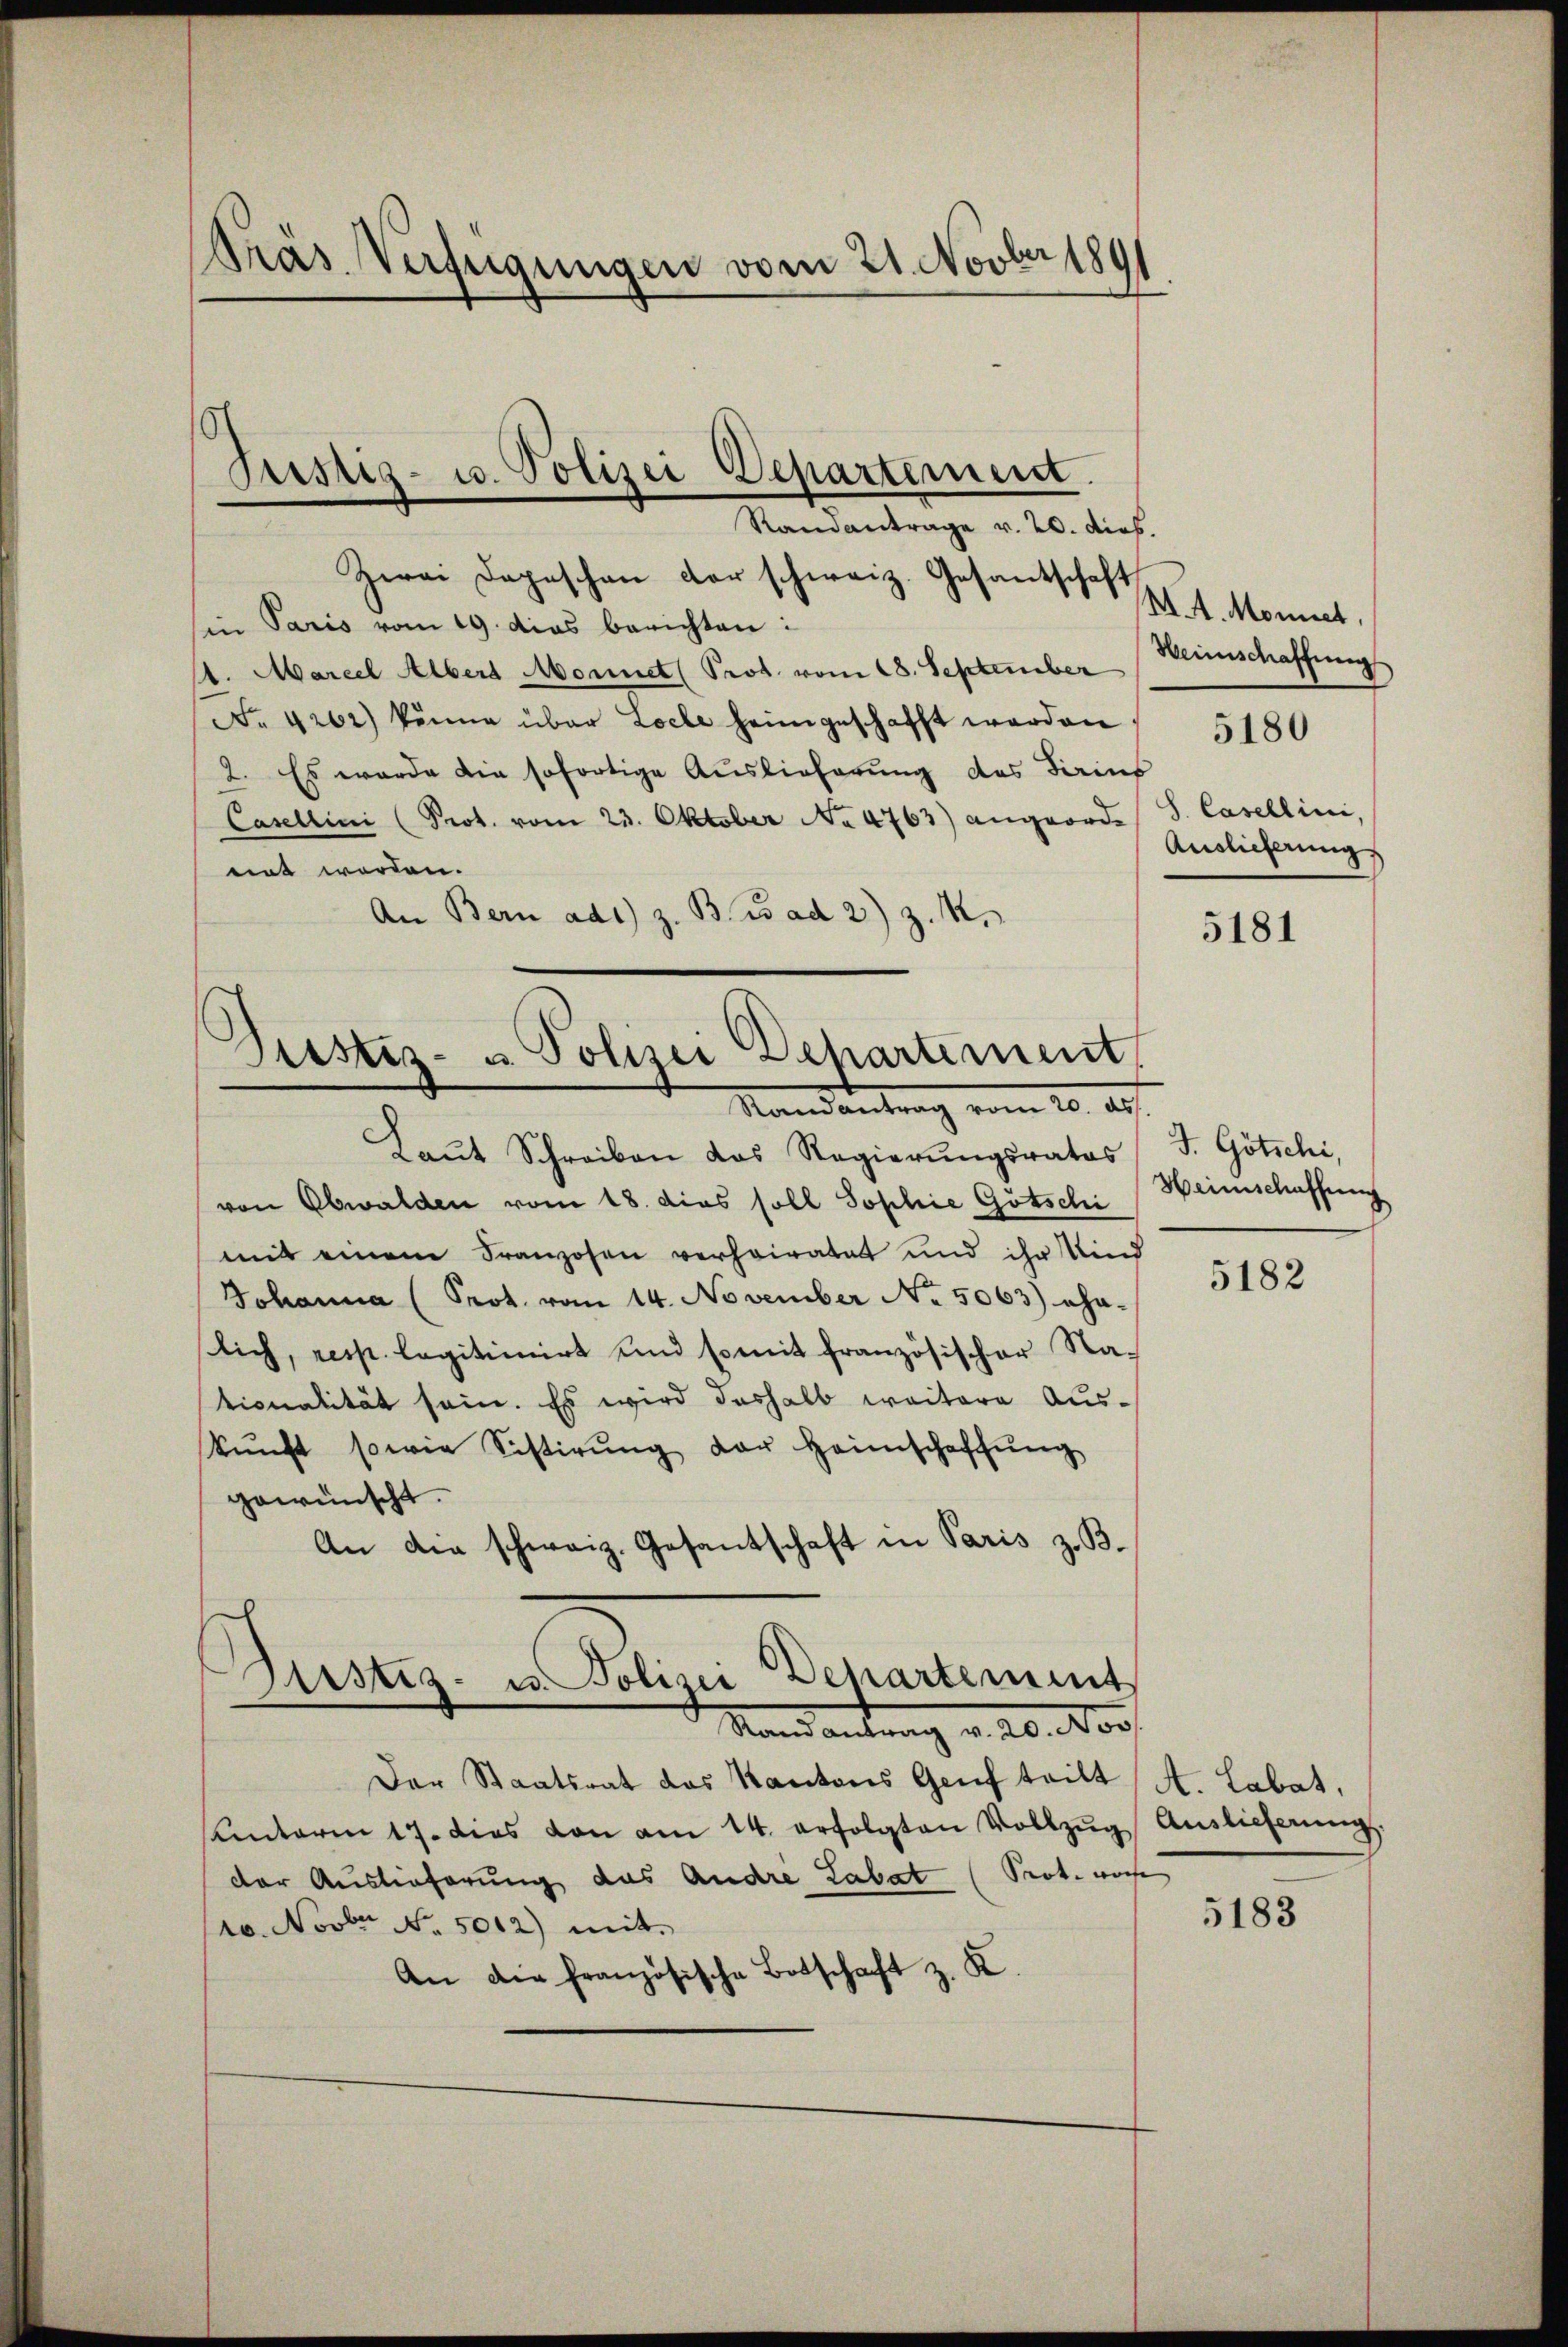
Präs. Verfügungen vom 21. Novber 1891

Zwei Depeschen der schweiz. Gesantschaft
B. 4. Nonnet,
sin Paris vom 19. dies berichten:
Weinschaffung
11. Marcel Albert Monnet (Prot. vom 18. September
No. 4262) könne über Loche heimgeschafft werden " 5180
2. Es wurde die sofortige Auslieferung des Tarius
Casellini (Prot. vom 23. Oktober No 4763) angeordes S. Casellini,
Auslieferung
ert worden.
An Bern ad1) z. B. Bad 2) Z. M.
5181

s
Justiz- u. Polizei Departement.
Randantrage v. 20. Dieb.

Justiz- u. Polizei Departement
Randantrag vom 20. ds.

Laŭt Schreiben das Regierŭngsrates
von Obwalden vom 18. dies soll Sophie Gotschi
mit einem Franzosen verheiratet und ihr Kind
Johanna (Prot. vom 14. November No. 5063) ehaslich, resp. legitimirt und somit französischer Na-
tionalität sein. Es wird deshalb weitere Auskŭnft sowie Sistirŭng der Heimschaffŭng
gewünscht.
An die schweiz. Gesantschaft in Paris z. B.
Sistiz- u. Polizei Departement
Stand antrag v. 20. Nov.
Der Staatsrat das Kantons Genf teilt
Unterm 17. dies von am 14. erfolgten Vollzŭg
der Auslieferung des Andre Labat (Prot. woche
10. Novbr No. 5012) mit
An die französische Botschaft z. K.

J. Götschi,
Heimschaffung

5182

A. Labat,
Auslieferung

5183